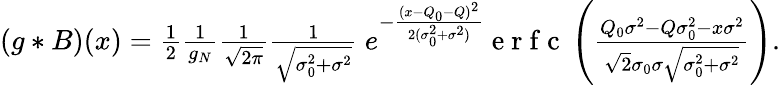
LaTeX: \begin{array}{r}{(g*B)(x)=\frac{1}{2}\frac{1}{g_{N}}\frac{1}{\sqrt{2\pi}}\frac{1}{\sqrt{\sigma_{0}^{2}+\sigma^{2}}}\ e^{-\frac{(x-Q_{0}-Q)^{2}}{2(\sigma_{0}^{2}+\sigma^{2})}}\mathrm{~e~r~f~c~}\left(\frac{Q_{0}\sigma^{2}-Q\sigma_{0}^{2}-x\sigma^{2}}{\sqrt{2}\sigma_{0}\sigma\sqrt{\sigma_{0}^{2}+\sigma^{2}}}\right).}\end{array}